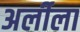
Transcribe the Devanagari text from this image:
अर्लीला